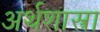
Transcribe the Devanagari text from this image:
अर्थशास्त्रा